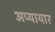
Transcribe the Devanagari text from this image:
अप्यायार